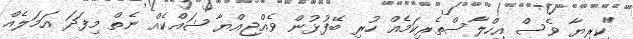
"ކިރިޔާ ވެސް އިހްލާސްތެރިކަމެއް ހުރި ބޭފުޅުން ވެއްޖިއްޔާ ޝައްކެއް ނެތް މިފަދަ އަމަލެއް